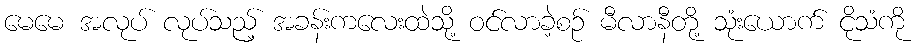
မေမေ အလုပ် လုပ်သည့် အခန်းကလေးထဲသို့ ဝင်လာခဲ့စဉ် မီလာနီတို့ သုံးယောက် ငိုသံကို